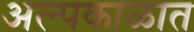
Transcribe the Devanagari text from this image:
अल्पकाळात